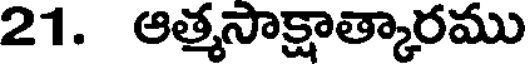
21. ఆత్మసాక్షాత్కారము